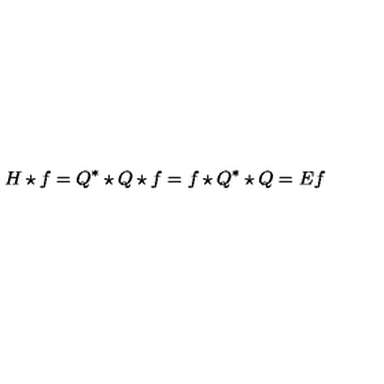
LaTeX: H \star f = Q ^ { * } \star Q \star f = f \star Q ^ { * } \star Q = E f